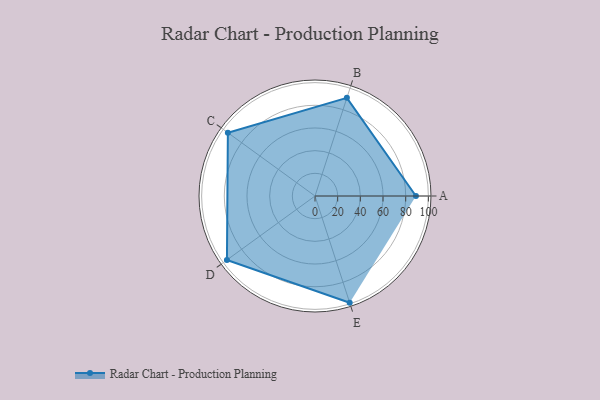
{"axis": {"x": "Skill", "y": "Score"}, "legend": ["Profile"], "data": [{"x": "A", "y": 89.0, "type": "Profile"}, {"x": "B", "y": 91.0, "type": "Profile"}, {"x": "C", "y": 95.0, "type": "Profile"}, {"x": "D", "y": 96.0, "type": "Profile"}, {"x": "E", "y": 99, "type": "Profile"}]}